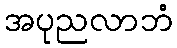
အပုညလာဘံ